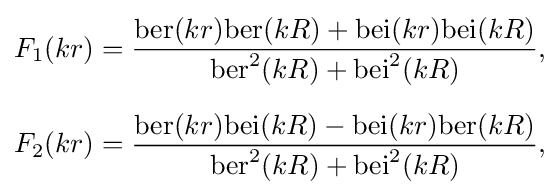
{\begin{aligned}F_{1}(kr)&={\frac {\mathrm {ber} (kr)\mathrm {ber} (kR)+\mathrm {bei} (kr)\mathrm {bei} (kR)}{\mathrm {ber} ^{2}(kR)+\mathrm {bei} ^{2}(kR)}},\\[6pt]F_{2}(kr)&={\frac {\mathrm {ber} (kr)\mathrm {bei} (kR)-\mathrm {bei} (kr)\mathrm {ber} (kR)}{\mathrm {ber} ^{2}(kR)+\mathrm {bei} ^{2}(kR)}},\end{aligned}}